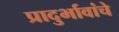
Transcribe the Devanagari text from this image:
प्रादुर्भावांचे